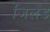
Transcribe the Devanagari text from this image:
जिलैंड